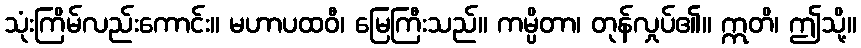
သုံးကြိမ်လည်းကောင်း။ မဟာပထဝီ၊ မြေကြီးသည်။ ကမ္ပိတာ၊ တုန်လှုပ်၏။ ဣတိ၊ ဤသို့။